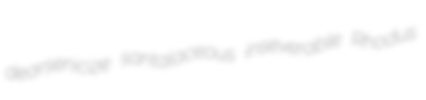
dearsenicize santalaceous inseverable Rhodus